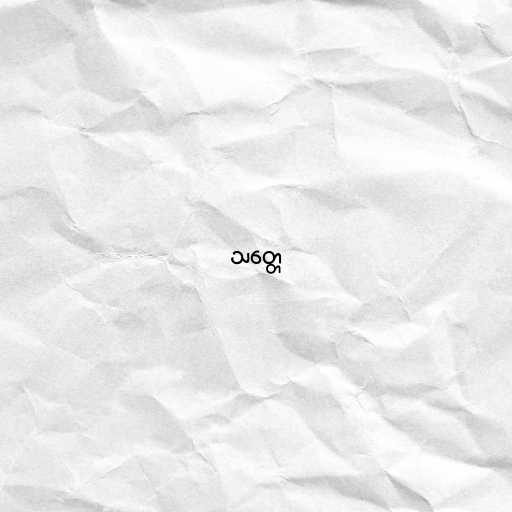
သတ္တေ